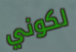
لكوني